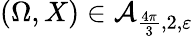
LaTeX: (\Omega,X)\in\mathcal A_{\frac{4\pi}{3},2,\varepsilon}